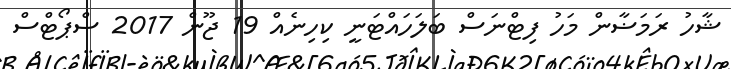
ޝާހު ރަމަޟާން މަހު ފިޓްނަސް ބަލަހައްޓަނީ ކިހިނެއް 19 ޖޫން 2017 ސްޕޯޓްސް